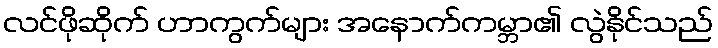
လင်ဖိုဆိုက် ဟာကွက်များ အနောက်ကမ္ဘာ၏ လွဲနိုင်သည်